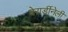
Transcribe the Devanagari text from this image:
बेरार्डीनेली